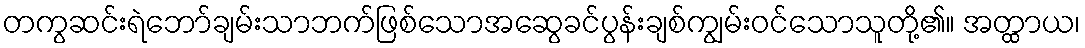
တကွဆင်းရဲဘော်ချမ်းသာဘက်ဖြစ်သောအဆွေခင်ပွန်းချစ်ကျွမ်းဝင်သောသူတို့၏။ အတ္ထာယ၊